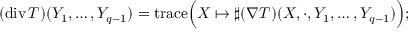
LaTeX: ( \operatorname { d i v } T ) ( Y _ { 1 } , \ldots , Y _ { q - 1 } ) = { \operatorname { t r a c e } } { \Big ( } X \mapsto \sharp ( \nabla T ) ( X , \cdot , Y _ { 1 } , \ldots , Y _ { q - 1 } ) { \Big ) } ;